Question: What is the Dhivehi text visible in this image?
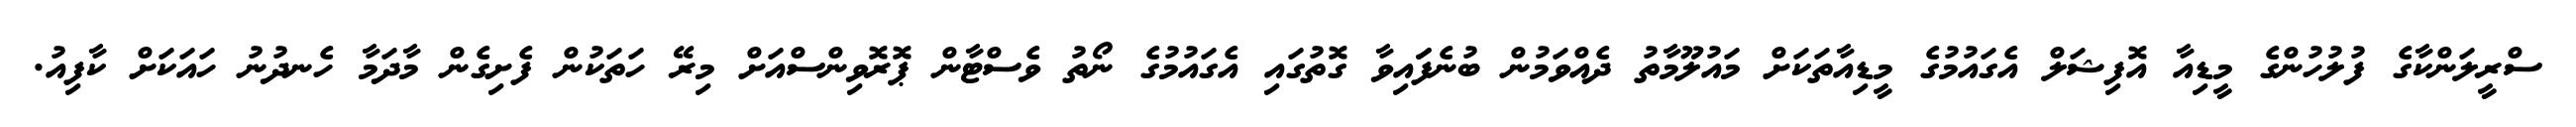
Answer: ސްރީލަންކާގެ ފުލުހުންގެ މީޑިއާ އޮފިޝަލް އެގައުމުގެ މީޑިއާތަކަށް މައުލޫމާތު ދެއްވަމުން ބުނެފަައިވާ ގޮތުގައި އެގައުމުގެ ނޯތު ވެސްޓާން ޕޮރޮވިންސްއަށް މިރޭ ހަތަކުން ފެށިގެން މާދަމާ ހެނދުނު ހައަކަށް ކާފިއު.